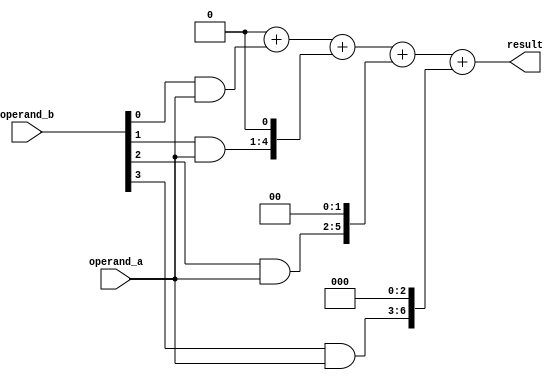
module booth_multiplier(
    input [3:0] operand_a,
    input [3:0] operand_b,
    output reg [7:0] result
);

reg [3:0] partial_products [3:0];
reg [6:0] partial_sums [2:0];

// Partial Product Generator
always @(*)
begin
    partial_products[0] = {4'b0000, operand_b[0]} & operand_a;
    partial_products[1] = {3'b000, operand_b[1]} & operand_a;
    partial_products[2] = {2'b00, operand_b[2]} & operand_a;
    partial_products[3] = {1'b0, operand_b[3]} & operand_a;
end

// Partial Product Adder
always @(*)
begin
    partial_sums[0] = 8'b0 + partial_products[0];
    partial_sums[1] = partial_sums[0] + (partial_products[1] << 1);
    partial_sums[2] = partial_sums[1] + (partial_products[2] << 2);
end

// Booth Encoder
always @(*)
begin
    result = partial_sums[2] + (partial_products[3] << 3);
end

endmodule